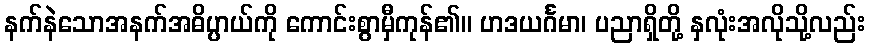
နက်နဲသောအနက်အဓိပ္ပာယ်ကို ကောင်းစွာမှီကုန်၏။ ဟဒယင်္ဂမာ၊ ပညာရှိတို့ နှလုံးအလိုသို့လည်း